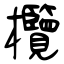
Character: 欖